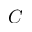
C